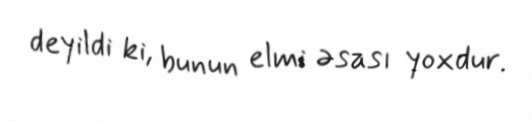
deyildi ki, bunun elmi əsası yoxdur.